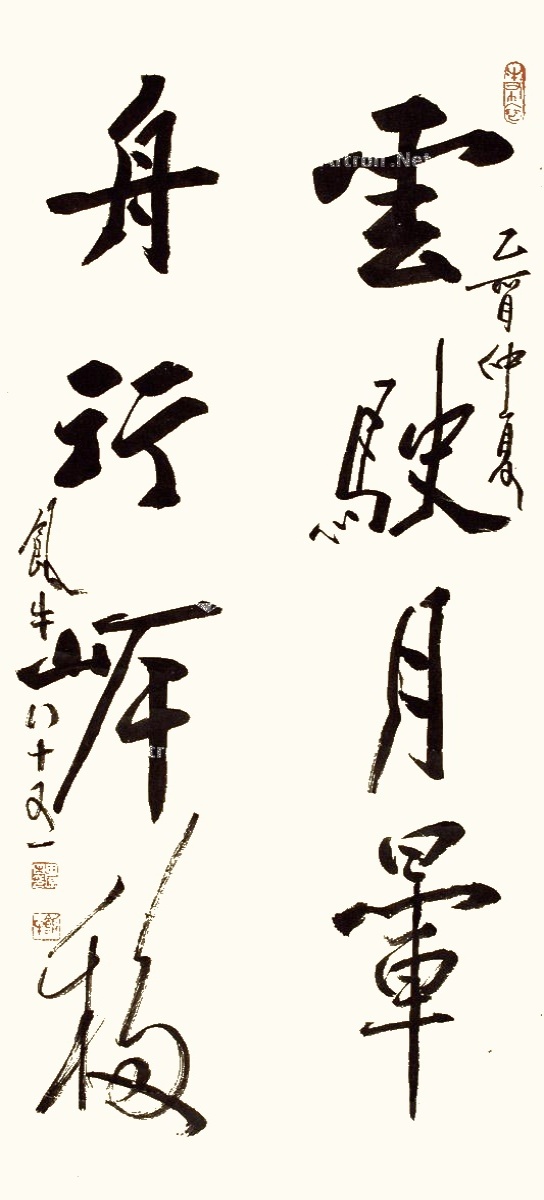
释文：云驶月晕，舟行岸移。乙酉仲夏，饭牛八十又一。